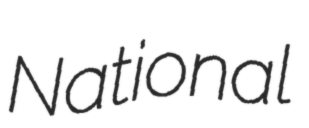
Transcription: National